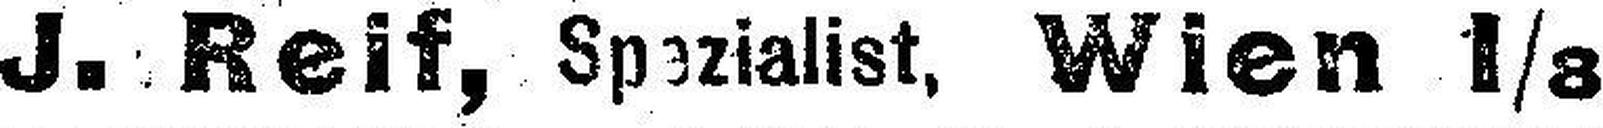
J. Reif, Spezialist, Wien 1/8